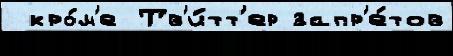
 кро́м'е Тв'и́тт'ер запр'е́тов